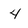
Character: 4